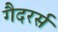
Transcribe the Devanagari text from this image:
गैदरर्स